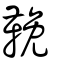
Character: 鞔